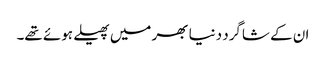
ان کے شاگرد دنیا بھر میں پھیلے ہوئے تھے۔